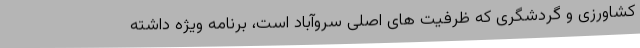
کشاورزی و گردشگری که ظرفیت های اصلی سروآباد است، برنامه ویژه داشته